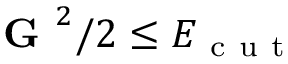
\textbf { G } ^ { 2 } / 2 \leq E _ { \mathrm { ~ c ~ u ~ t ~ } }